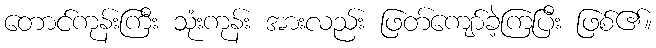
တောင်ကုန်းကြီး သုံးကုန်း အားလည်း ဖြတ်ကျော်ခဲ့ကြပြီး ဖြစ်၏။